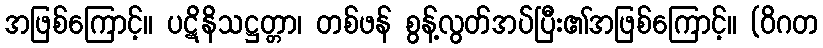
အဖြစ်ကြောင့်။ ပဋိနိသဋ္ဌတ္တာ၊ တစ်ဖန် စွန့်လွတ်အပ်ပြီး၏အဖြစ်ကြောင့်။ (ဝိဂတ